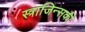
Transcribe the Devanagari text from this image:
स्त्राजिन्सकी